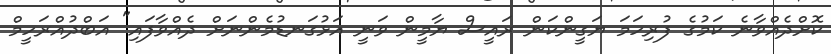
ކޮށްދެއްވާނެ ކަމުގެ ފުރިހަމަ ޔަގީންކަން ރައީސް ޔާމީން ވަނީ އަޅުގަނޑުމެންނަށް ދެއްވާފައި" އަބްދުއްރަހީމް